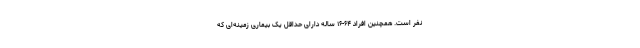
نفر است. همچنین افراد ۶۴-۱۶ ساله دارای حداقل یک بیماری زمینه‌ای که